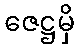
ဇေဋ္ဌမှိ